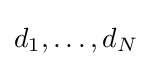
d_{1},\dots ,d_{N}